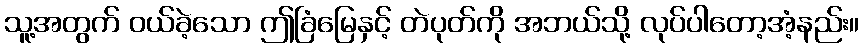
သူ့အတွက် ဝယ်ခဲ့သော ဤခြံမြေနှင့် တဲပုတ်ကို အဘယ်သို့ လုပ်ပါတော့အံ့နည်း။